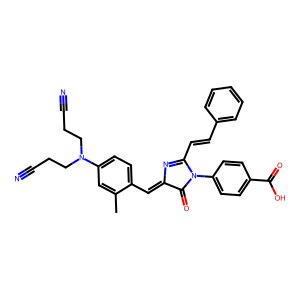
SMILES: Cc1cc(N(CCC#N)CCC#N)ccc1C=C1N=C(C=Cc2ccccc2)N(c2ccc(C(=O)O)cc2)C1=O
Inhibits HIV replication: No